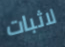
لاثبات